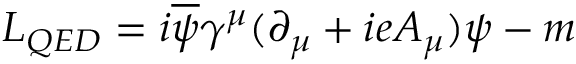
L _ { Q E D } = i \overline { { { \psi } } } \gamma ^ { \mu } ( \partial _ { \mu } + i e A _ { \mu } ) \psi - m